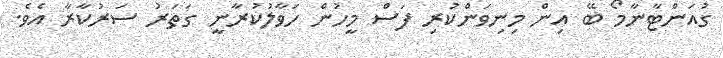
ގުއަންޓާނާމޯ ބޭ އިން މިނިވަންކުރި ފަސް މީހުން ހަވާލުކުރާނީ ގަތަރު ސަރުކާރާ އެވެ.